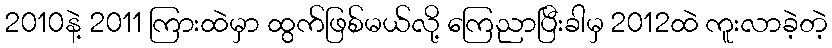
2010နဲ့ 2011 ကြားထဲမှာ ထွက်ဖြစ်မယ်လို့ ကြေညာပြီးခါမှ 2012ထဲ ကူးလာခဲ့တဲ့